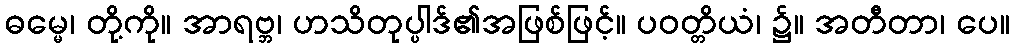
ဓမ္မေ၊ တို့ကို။ အာရဗ္ဘ၊ ဟသိတုပ္ပါဒ်၏အဖြစ်ဖြင့်။ ပဝတ္တိယံ၊ ၌။ အတီတာ၊ ပေ။